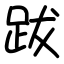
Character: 跋